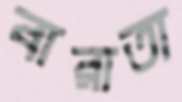
বারাতা